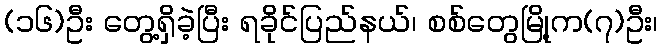
(၁၆)ဦး တွေ့ရှိခဲ့ပြီး ရခိုင်ပြည်နယ်၊ စစ်တွေမြို့က(၇)ဦး၊